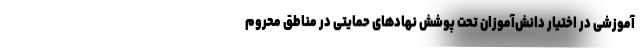
آموزشی در اختیار دانش‌آموزان تحت پوشش نهادهای حمایتی در مناطق محروم